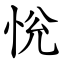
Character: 恱